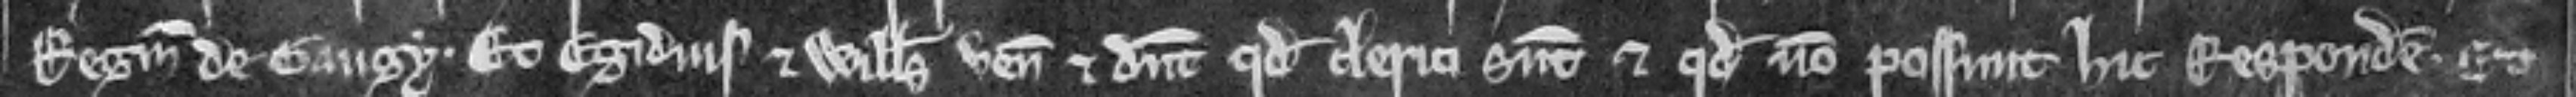
Reginaldi de Gaugy. Et Egidius et Willelmus veniunt et dicunt quod clerici sunt et quod non possunt hic respondere. Et